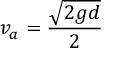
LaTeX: \ v _ { a } = { \frac { \sqrt { 2 g d } } { 2 } }